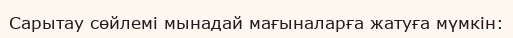
Сарытау сөйлемі мынадай мағыналарға жатуға мүмкін: